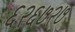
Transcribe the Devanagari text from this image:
६२६७२७